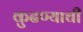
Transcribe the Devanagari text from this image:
कुढण्याची